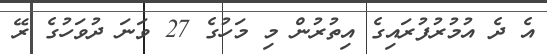
އެ ދެ އުމުރުފުރައިގެ އިތުރުން މި މަހުގެ 27 ވަނަ ދުވަހުގެ ރޭ